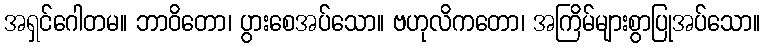
အရှင်ဂေါတမ။ ဘာဝိတော၊ ပွားစေအပ်သော။ ဗဟုလိကတော၊ အကြိမ်များစွာပြုအပ်သော။